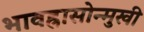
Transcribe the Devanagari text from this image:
भावह्रासोन्मुखी